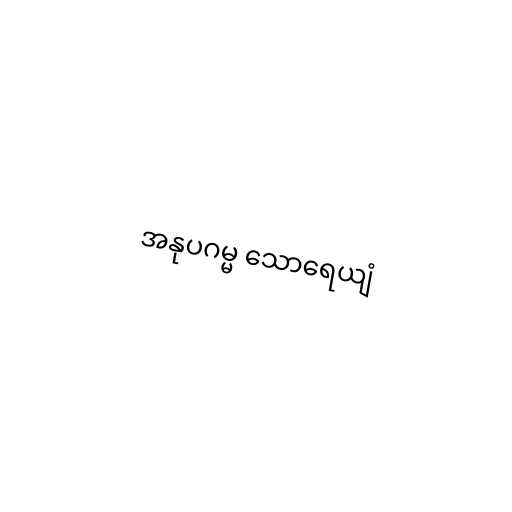
အနုပဂမ္မ သောရေယျံ